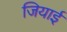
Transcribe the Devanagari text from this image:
जियाई